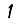
Digit: 1